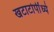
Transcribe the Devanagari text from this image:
खटाटोपींध्ये